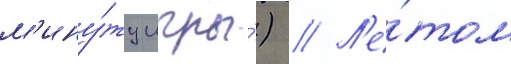
м'ину́ту игры́) // Л'е́том